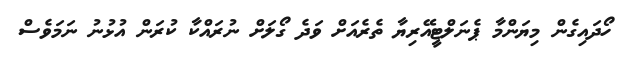
ހޯދައިގެން މިޔަންމާ ޕެނަލްޓީއޭރިޔާ ތެރެއަށް ވަދެ ގޯލަށް ނުރައްކާ ކުރަން އުޅުނު ނަމަވެސް